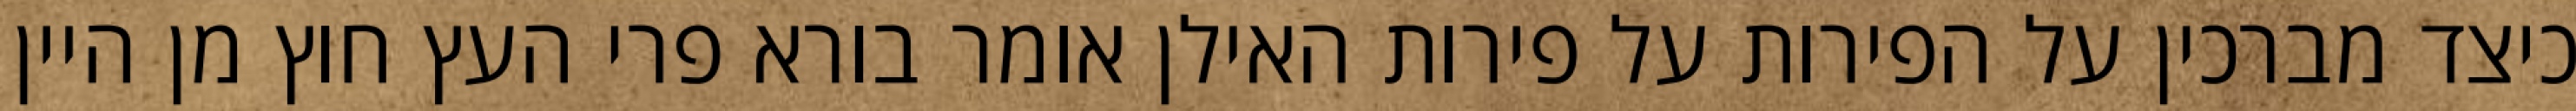
כיצד מברכין על הפירות על פירות האילן אומר בורא פרי העץ חוץ מן היין